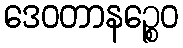
ဒေဝတာနဉ္စေဝ